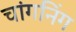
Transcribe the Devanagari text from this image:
चांगनिंग